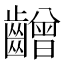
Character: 𪙭